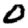
Digit: 0